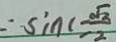
\therefore \sin C = \frac { \sqrt { 3 } } { 2 }